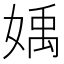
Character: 𡟥